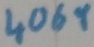
Text: 4069